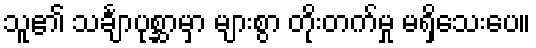
သူ၏ သင်္ချာပုစ္ဆာမှာ များစွာ တိုးတက်မှု မရှိသေးပေ။